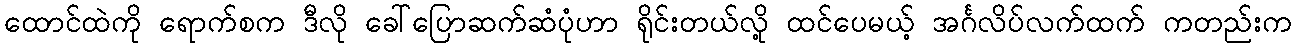
ထောင်ထဲကို ရောက်စက ဒီလို ခေါ်ပြောဆက်ဆံပုံဟာ ရိုင်းတယ်လို့ ထင်ပေမယ့် အင်္ဂလိပ်လက်ထက် ကတည်းက